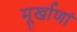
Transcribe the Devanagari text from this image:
मूर्खाणां